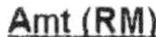
AMT(RM)